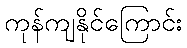
ကုန်ကျနိုင်ကြောင်း